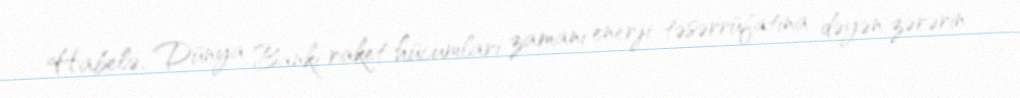
Habelə, Dünya Bankı raket hücumları zamanı enerji təsərrüfatına dəyən zərərin